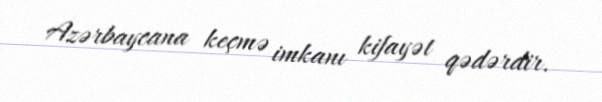
Azərbaycana keçmə imkanı kifayət qədərdir.